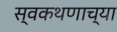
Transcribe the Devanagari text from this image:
स्वकथणाच्या